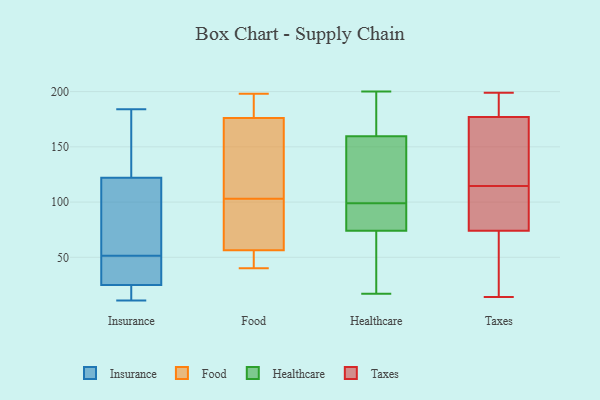
{"axis": {"x": "Active Users", "y": "Value"}, "legend": ["Food", "Healthcare", "Insurance", "Taxes"], "data": [{"x": "", "y": 132, "type": "Insurance"}, {"x": "", "y": 28, "type": "Insurance"}, {"x": "", "y": 83, "type": "Insurance"}, {"x": "", "y": 19, "type": "Insurance"}, {"x": "", "y": 11, "type": "Insurance"}, {"x": "", "y": 184, "type": "Insurance"}, {"x": "", "y": 33, "type": "Insurance"}, {"x": "", "y": 178, "type": "Insurance"}, {"x": "", "y": 74, "type": "Insurance"}, {"x": "", "y": 70, "type": "Insurance"}, {"x": "", "y": 31, "type": "Insurance"}, {"x": "", "y": 122, "type": "Insurance"}, {"x": "", "y": 18, "type": "Insurance"}, {"x": "", "y": 25, "type": "Insurance"}, {"x": "", "y": 80, "type": "Food"}, {"x": "", "y": 40, "type": "Food"}, {"x": "", "y": 197, "type": "Food"}, {"x": "", "y": 94, "type": "Food"}, {"x": "", "y": 155, "type": "Food"}, {"x": "", "y": 55, "type": "Food"}, {"x": "", "y": 126, "type": "Food"}, {"x": "", "y": 103, "type": "Food"}, {"x": "", "y": 198, "type": "Food"}, {"x": "", "y": 191, "type": "Food"}, {"x": "", "y": 52, "type": "Food"}, {"x": "", "y": 171, "type": "Food"}, {"x": "", "y": 57, "type": "Food"}, {"x": "", "y": 118, "type": "Healthcare"}, {"x": "", "y": 17, "type": "Healthcare"}, {"x": "", "y": 135, "type": "Healthcare"}, {"x": "", "y": 17, "type": "Healthcare"}, {"x": "", "y": 75, "type": "Healthcare"}, {"x": "", "y": 146, "type": "Healthcare"}, {"x": "", "y": 90, "type": "Healthcare"}, {"x": "", "y": 174, "type": "Healthcare"}, {"x": "", "y": 99, "type": "Healthcare"}, {"x": "", "y": 73, "type": "Healthcare"}, {"x": "", "y": 137, "type": "Healthcare"}, {"x": "", "y": 99, "type": "Healthcare"}, {"x": "", "y": 38, "type": "Healthcare"}, {"x": "", "y": 190, "type": "Healthcare"}, {"x": "", "y": 81, "type": "Healthcare"}, {"x": "", "y": 37, "type": "Healthcare"}, {"x": "", "y": 173, "type": "Healthcare"}, {"x": "", "y": 80, "type": "Healthcare"}, {"x": "", "y": 200, "type": "Healthcare"}, {"x": "", "y": 185, "type": "Healthcare"}, {"x": "", "y": 107, "type": "Taxes"}, {"x": "", "y": 122, "type": "Taxes"}, {"x": "", "y": 177, "type": "Taxes"}, {"x": "", "y": 14, "type": "Taxes"}, {"x": "", "y": 53, "type": "Taxes"}, {"x": "", "y": 178, "type": "Taxes"}, {"x": "", "y": 181, "type": "Taxes"}, {"x": "", "y": 59, "type": "Taxes"}, {"x": "", "y": 119, "type": "Taxes"}, {"x": "", "y": 199, "type": "Taxes"}, {"x": "", "y": 165, "type": "Taxes"}, {"x": "", "y": 74, "type": "Taxes"}, {"x": "", "y": 82, "type": "Taxes"}, {"x": "", "y": 110, "type": "Taxes"}]}